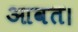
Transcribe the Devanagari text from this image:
आवत।